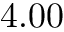
4 . 0 0